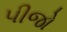
પીજો